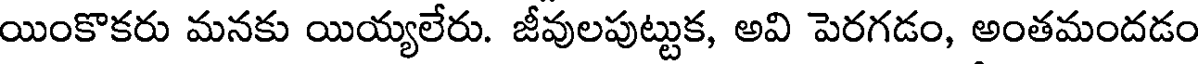
యింకొకరు మనకు యియ్యలేరు. జీవులపుట్టుక, అవి పెరగడం, అంతమందడం